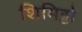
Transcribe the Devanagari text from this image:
शिमिट्टो